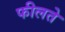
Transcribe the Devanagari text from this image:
फीलते